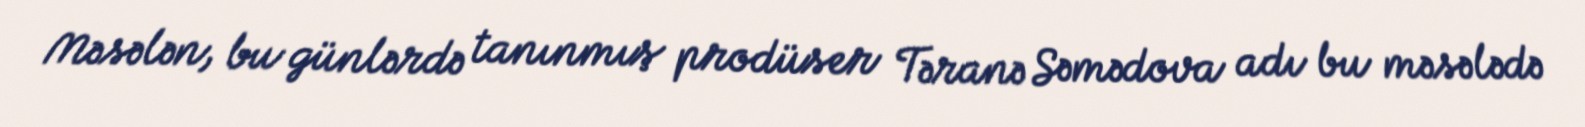
Məsələn, bu günlərdə tanınmış prodüser Təranə Səmədova adı bu məsələdə